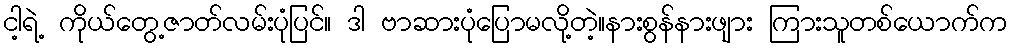
ငါ့ရဲ့ ကိုယ်တွေ့ဇာတ်လမ်းပုံပြင်။ ဒါ ဗာဆားပုံပြောမလို့တဲ့။နားစွန်နားဖျား ကြားသူတစ်ယောက်က